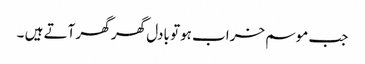
جب موسم خراب ہوتو بادل گھر گھر آتے ہیں ۔